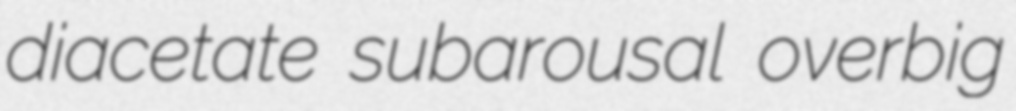
diacetate subarousal overbig